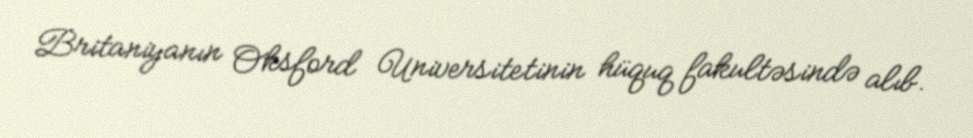
Britaniyanın Oksford Universitetinin hüquq fakultəsində alıb.